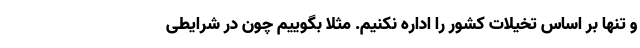
و تنها بر اساس تخیلات کشور را اداره نکنیم. مثلا بگوییم چون در شرایطی